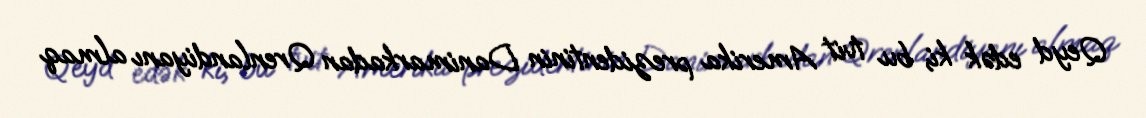
Qeyd edək ki, bu tvit Amerika prezidentinin Danimarkadan Qrenlandiyanı almaq